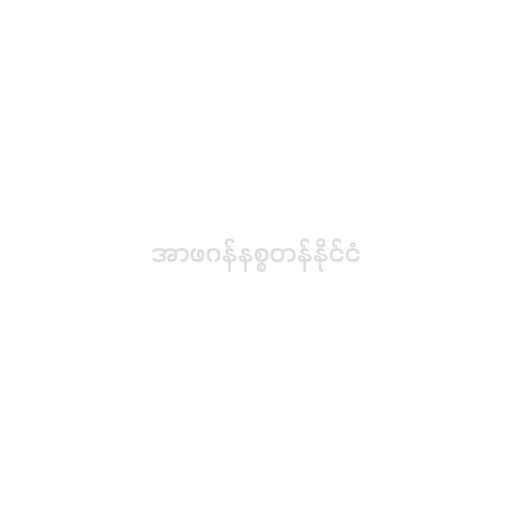
အာဖဂန်နစ္စတန်နိုင်ငံ